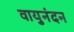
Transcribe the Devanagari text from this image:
वायुनंदन